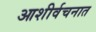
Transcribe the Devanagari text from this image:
आशीर्वचनात